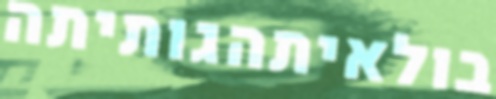
בולאיתהגותיתה